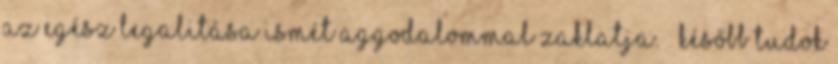
Az egész legalitása ismét aggodalommal zaklatja. – Később tudok